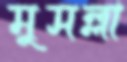
মুসল্লা